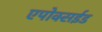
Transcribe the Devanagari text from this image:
एपोक्सईड